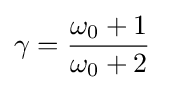
\gamma ={\frac {\omega _{0}+1}{\omega _{0}+2}}~